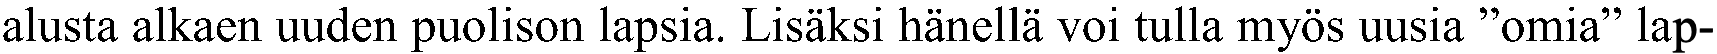
alusta alkaen uuden puolison lapsia. Lisäksi hänellä voi tulla myös uusia ”omia” lap-